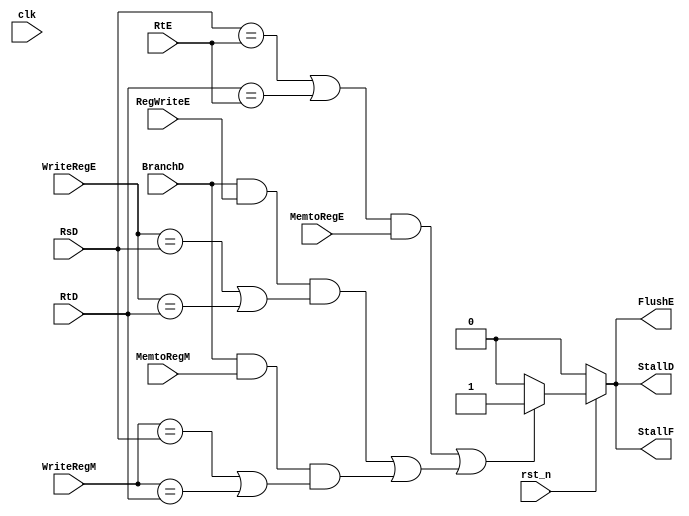
/*

	File name    : Stall_Unit
	LastEditors  : H
	LastEditTime : 2021-11-04 03:18:01
	Last Version : 1.0
	Description  : Handle Hazard Unit (Using Block/Bubble)
	
	----------------------------------------------------------------------------------------
	
	Author       : H
	Date         : 2021-11-04 03:18:00
	FilePath     : \MIPS_Pipeline\Stall_Unit.v
	Copyright 2021 H, All Rights Reserved. 

*/
module Stall_Unit(
    // System Clock
    input        clk,
    input        rst_n,

    // User Interface
    input   [4:0]   RsD,
    input   [4:0]   RtD,
    input   [4:0]   RtE,
    input   [4:0]   WriteRegE,
    input   [4:0]   WriteRegM,
    input           RegWriteE,
    input           MemtoRegE,
    input           MemtoRegM,
    input           BranchD,
    output  reg     FlushE,
    output  reg     StallD,
    output  reg     StallF
);
    wire lwstall,branchstall;
/*******************************************************************************
 *                                 Main Code
*******************************************************************************/

    assign branchstall = (BranchD && RegWriteE && ((WriteRegE == RsD) || (WriteRegE == RtD))) ||
                            (BranchD && MemtoRegM && ((WriteRegM == RsD) || (WriteRegM == RtD)));
    assign lwstall = ((RsD == RtE) || (RtD == RtE)) && MemtoRegE;
    always @(*) begin
        if (~rst_n) begin
            FlushE = 1'b0;     // ID/EX: Only need to Set MemWrite and RegWrite 0
            StallD = 1'b0;     // IF/ID: keep last state data
            StallF = 1'b0;
        end
        else if (lwstall || branchstall ) begin
            FlushE = 1'b1;     // ID/EX: Only need to Set MemWrite and RegWrite 0
            StallD = 1'b1;     // IF/ID: keep last state data
            StallF = 1'b1;     // PC:    keep last state data
        end 
        else begin
            FlushE = 1'b0;     
            StallD = 1'b0;     
            StallF = 1'b0;
        end
    end
endmodule